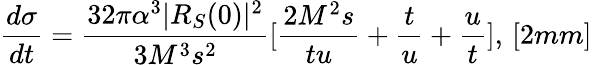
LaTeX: \displaystyle\frac{d\sigma}{dt}=\frac{32\pi\alpha^{3}|R_{S}(0)|^{2}}{3M^{3}s^{2}}[\frac{2M^{2}s}{tu}+\frac{t}{u}+\frac{u}{t}],\, [2mm]